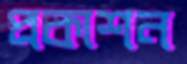
প্রকাশন